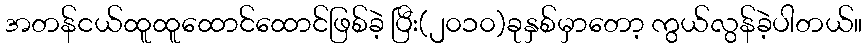
အတန်ငယ်ထူထူထောင်ထောင်ဖြစ်ခဲ့ ပြီး(၂၀၁၀)ခုနှစ်မှာတော့ ကွယ်လွန်ခဲ့ပါတယ်။